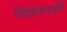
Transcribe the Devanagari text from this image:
मिळेनाशी